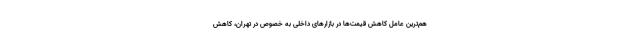
هم‌ترین عامل کاهش قیمت‌ها در بازار‌های داخلی به خصوص در تهران، کاهش